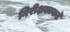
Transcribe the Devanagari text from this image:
निरीक्षकाकडे